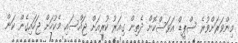
މިންވަރަށްވުރެ ސްޕީޑް އަވަސްކޮށް ދެތިން ގިއަރު ކުރިއަށް ޖައްސައި މެކުހަށް ޖަހައިގެން ކަން